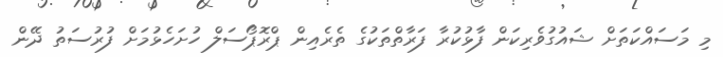
މި މަސައްކަތަށް ޝައުގުވެރިކަން ފާޅުކުރާ ފަރާތްތަކުގެ ތެރެއިން ޕްރޮޕޯސަލް ހުށަހެޅުމަށް ފުރުސަތު ދޭން